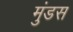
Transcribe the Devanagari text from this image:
मुंडस